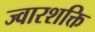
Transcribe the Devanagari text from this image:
ज्वारशक्ति